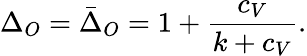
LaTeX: \Delta_{O}=\bar{\Delta}_{O}=1+{\frac{c_{V}}{k+c_{V}}}.